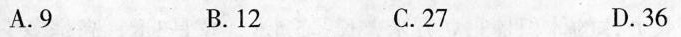
A.9 B.12 C.27 D.36